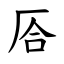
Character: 㕉